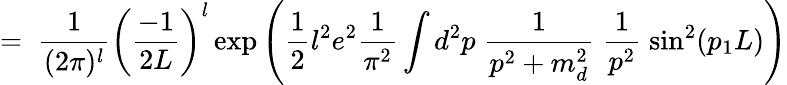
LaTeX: =\; \frac{1}{(2\pi)^{l}}\left(\frac{-1}{2L}\right)^{l}\exp\left(\frac{1}{2}l^{2}e^{2}\frac{1}{\pi^{2}}\int d^{2}p\; \frac{1}{p^{2}+m_{d}^{2}}\; \frac{1}{p^{2}}\; \sin^{2}(p_{1}L)\right)